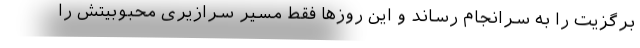
برگزیت را به سرانجام رساند و این روزها فقط مسیر سرازیری محبوبیتش را